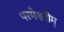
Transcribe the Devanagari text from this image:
परमेश्वरीम्